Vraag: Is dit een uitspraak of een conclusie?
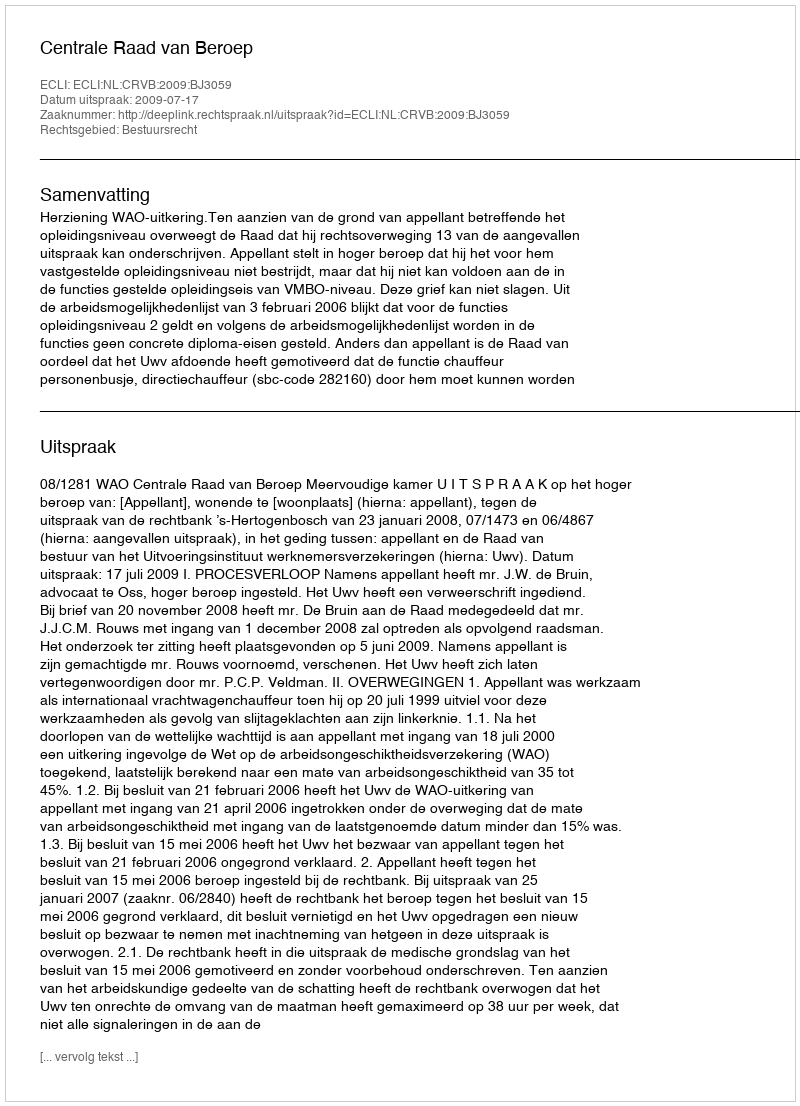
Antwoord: Uitspraak